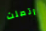
اتصلت